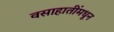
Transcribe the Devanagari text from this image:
वसाहातींमधून